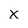
Character: X